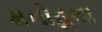
મનોહલા